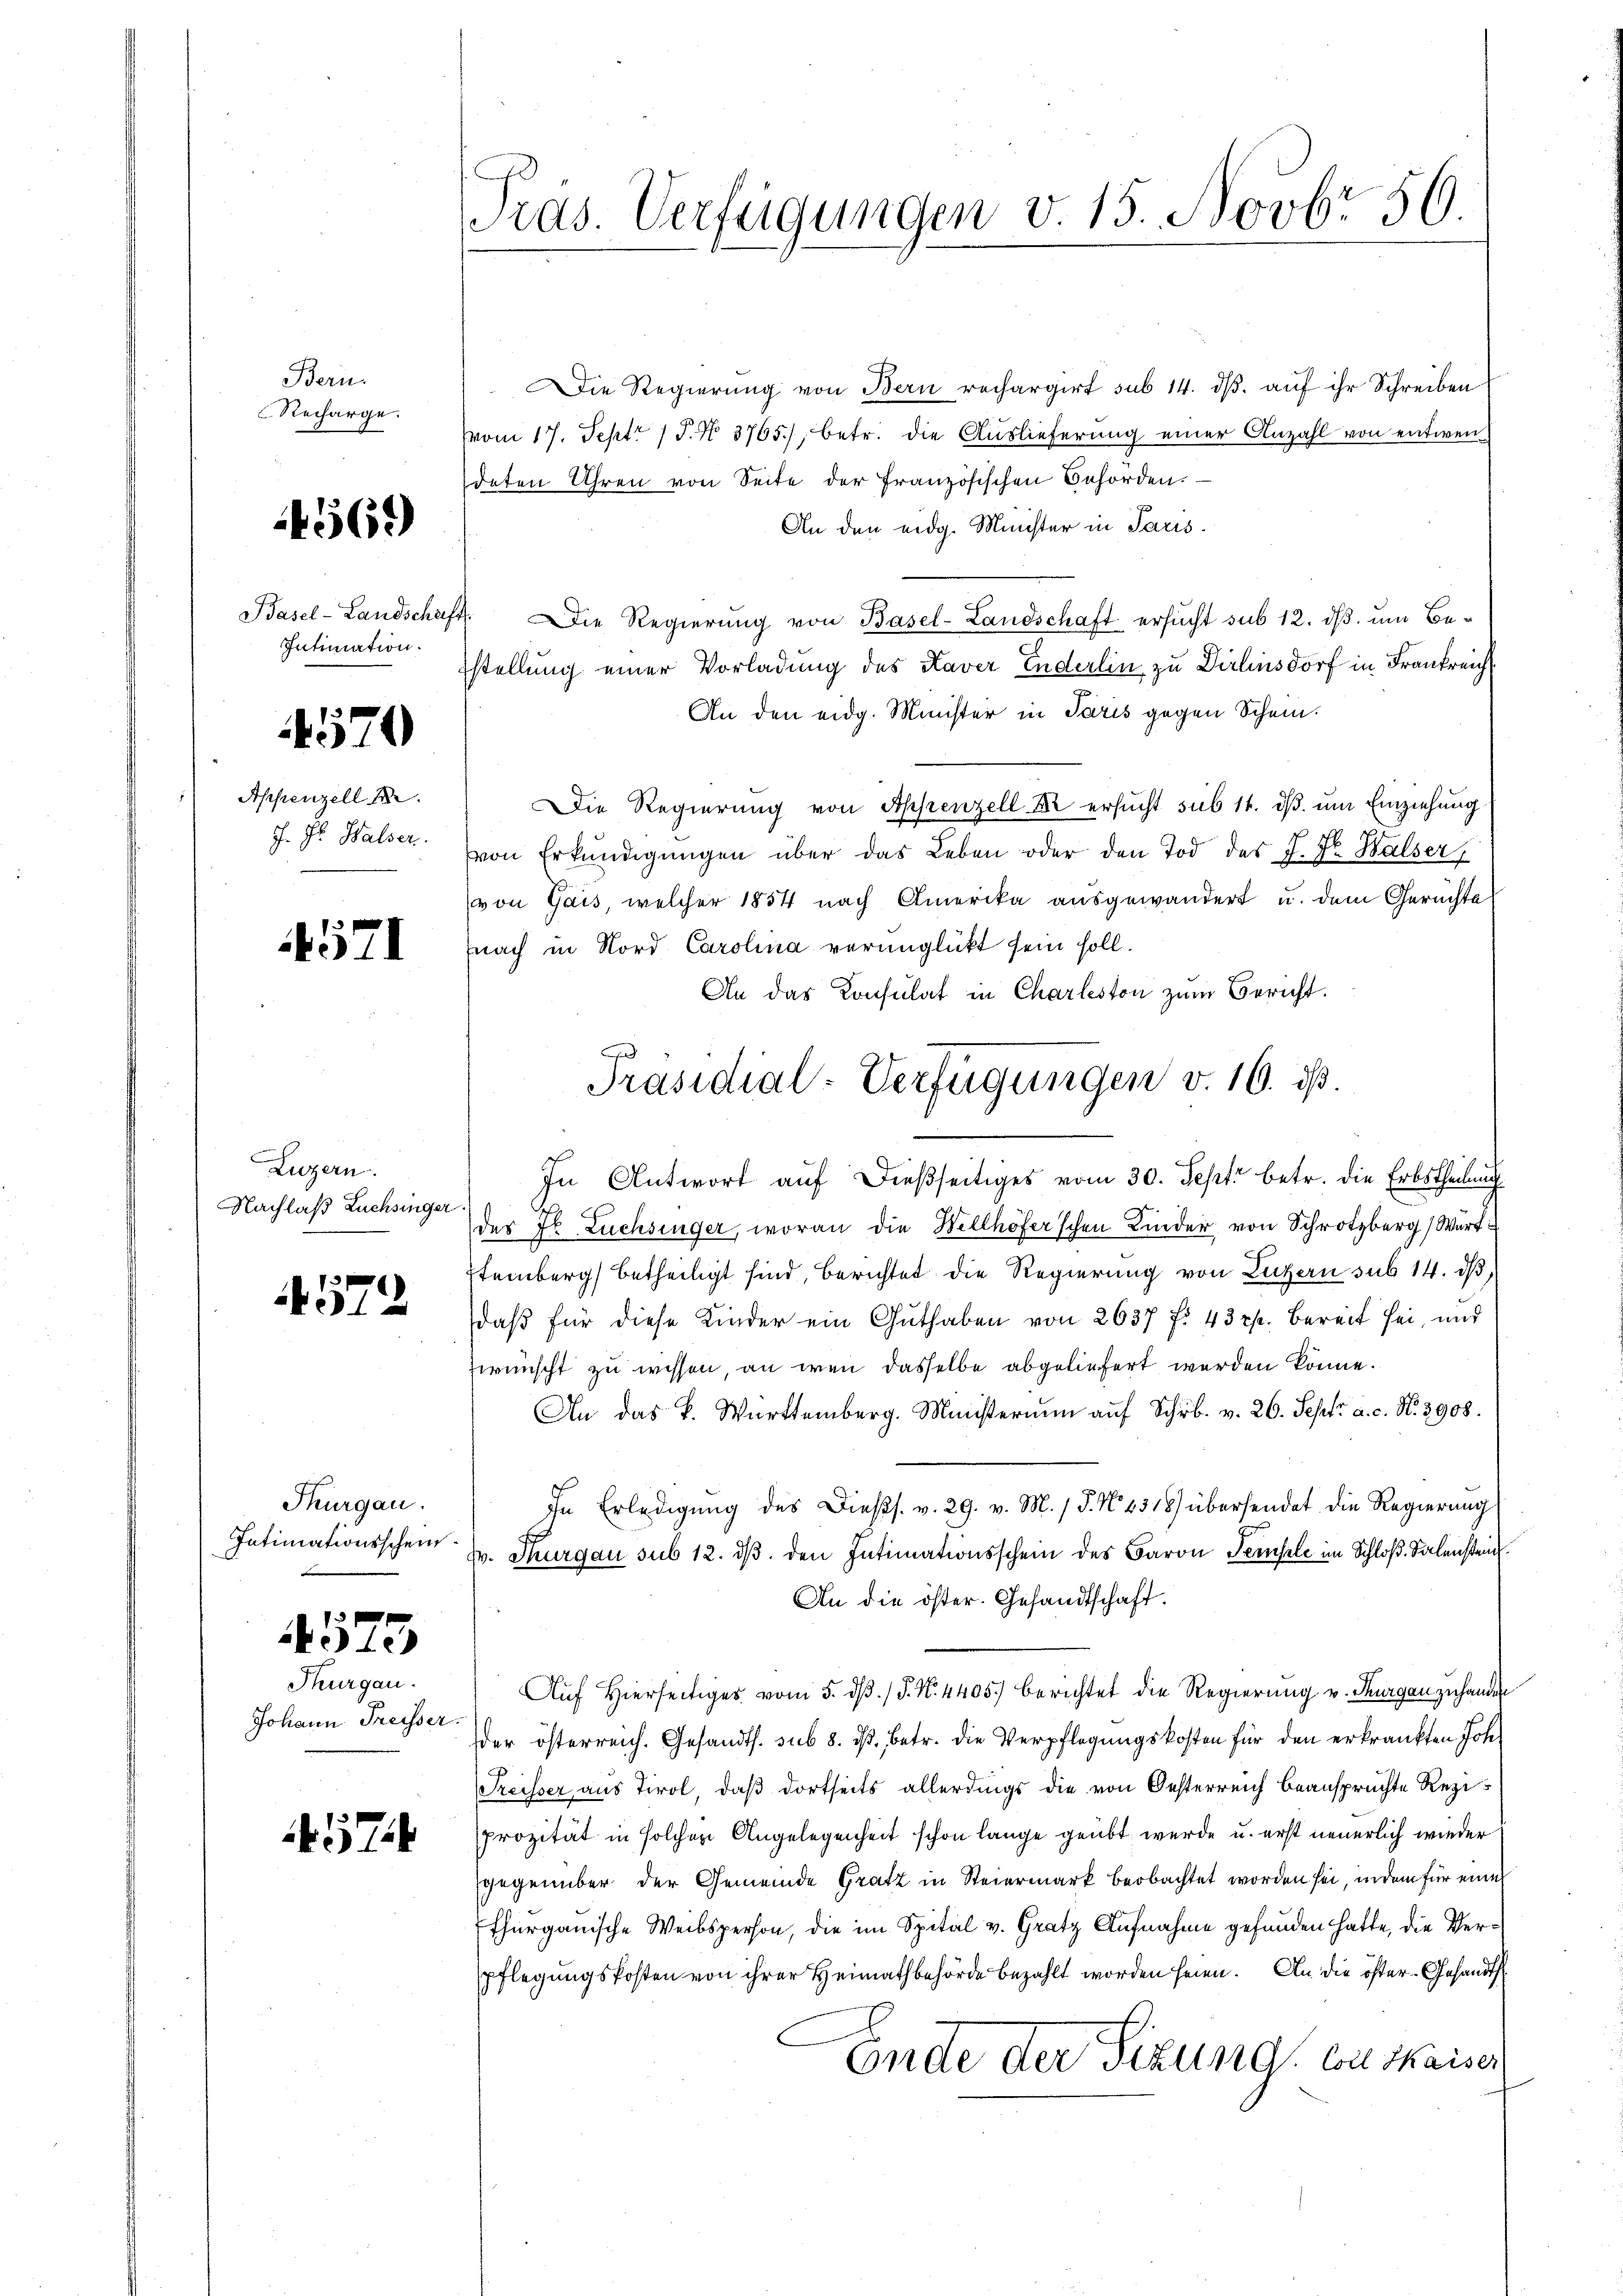
Bern.
Recharge.

4569)

Intimation.

4570

Appenzell A.
J. J. Halser.

4571

Luzern.
Nachlaß Züchsinger

4572

Thurgau.
Intimationsschein

4575

Thurgau.
Johann Freisser.

57

Pras. Verfügungen v. 15. Novbr 56.

Die Regierung von Bern rechargirt sub 14. dβ. auf ihr Schreiben
vom 17. Sept. 15. No. 3765), betr. die Auslieferung einer Anzahl von entwen
deten Uhren von Seite der französischen Behörden.
An den eidg. Minister in Paris.
Basel-Landschaft. Die Regierŭng von Basel-Landschaft ersucht sub 12. dβ. um Bestellung einer Vorladung des Kaver Enderlin zu Dirlinsdorf in Frankreich
An den eidg. Minister in Paris gegen Schein.
Die Regierung von Appenzell Xr ersucht sub 14. dβ. um Einziehung
1
von Erkundigŭngen über das Leben oder den Tod des J. Dr. Halser,
(von Gais, welcher 1854 nach Amerika ausgewandert u. dem Gerüchte
nach in Nord Carolina verunglückt sein soll.
An das Konsulat in Charleston zum Bericht.
In Antwort auf dießseitiges vom 30. Sept betr. die Erbstheilung
der Fr. Lüchsinger, woran die Wellhöfer’schen Kinder von Schrotzberg (Wert
steinberg betheiligt sind, berichtet die Regierung von Luzern sub 14. dβ,
daβ für diese Kinder ein Guthaben von 2637 f. 43 Rp. bereit sei, und
wunscht zu wissen, an wenn dasselbe abgeliefert werden könne.
An das K. Württemberg. Ministerium auf Schrb. v. 26. Sept. a. c. N. 3908.
In Erledigung des Diess. v. 29. v. M. (§. N. 1318) übersendet die Regierung
pr. Thurgau sub 12. dβ. den Intimationsschein des Baron Tempele im Schloß Salenstein
An die öster. Gesandtschaft.
Auf Hierseitiges vom 5. dβ. / P. N. 4405) berichtet die Regierung u. Kurgan zuhanden
der österreich. Gesandts. sub 8. ds. betr. die Verpflegungskosten für den erkränkten Joh.
Preisser aus Tirol, daß dortseits allerdings die von Oesterreich beansprüchte Rezi
Prozität in solchen Angelegenheit schon lange geübt wurde u. erst neuerlich wieder
gegenüber der Gemeinde Gratz in Steiermark beobachtet worden sei, indem für eine
Thurgauische Weibsperson, die im Spital v. Gratz Aufnahme gefunden hatte, die Verpflegungskosten von ihrer Heimathbehörde bezahlt worden seien. An die öster-Gesandts
Ende der Fizung von Kaiser

F
Präsidial-Verfügungen v. 16. ds.